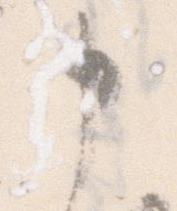
申